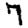
Digit: 7